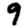
Digit: 9